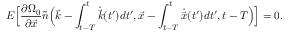
E \Big [ \frac { \partial \Omega _ { 0 } } { \partial \vec { x } } \tilde { n } \Big ( \vec { k } - \int _ { t - T } ^ { t } \dot { \vec { k } } ( t ^ { \prime } ) d t ^ { \prime } , \vec { x } - \int _ { t - T } ^ { t } \dot { \vec { x } } ( t ^ { \prime } ) d t ^ { \prime } , t - T \Big ) \Big ] = 0 .